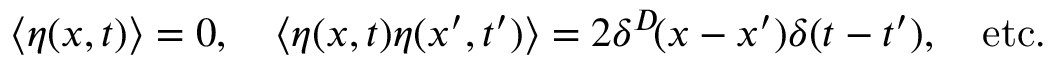
\langle \eta ( x , t ) \rangle = 0 , \quad \langle \eta ( x , t ) \eta ( x ^ { \prime } , t ^ { \prime } ) \rangle = 2 \delta ^ { D } \! ( x - x ^ { \prime } ) \delta ( t - t ^ { \prime } ) , \quad { \mathrm { e t c . } }